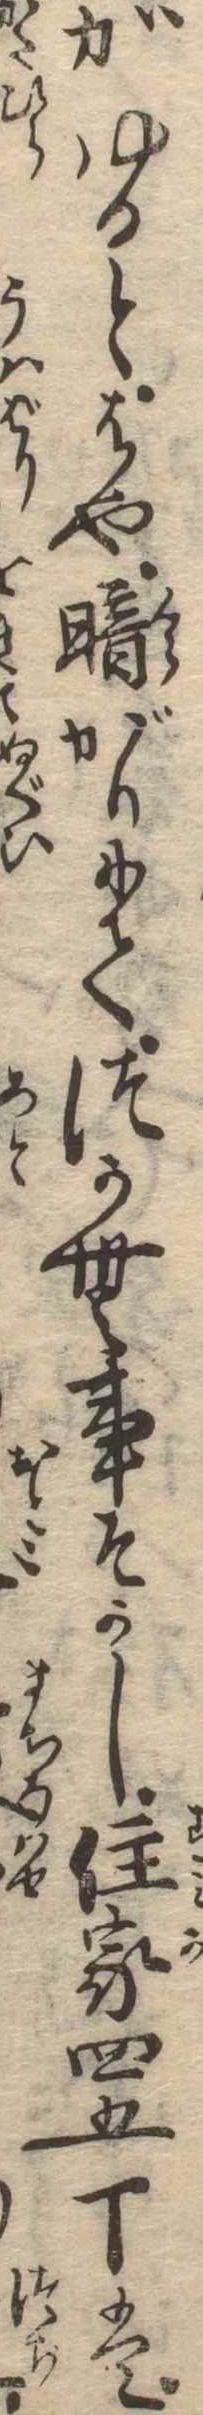
かゆるとはや暗がりにてつかむ事そかし住家四五丁は